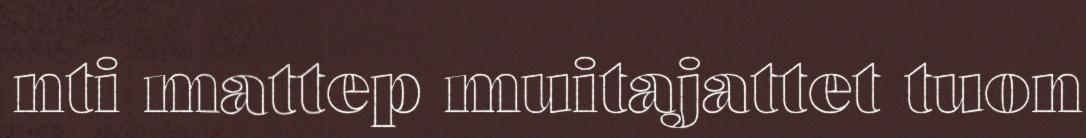
nti mattep muitajattet tuon